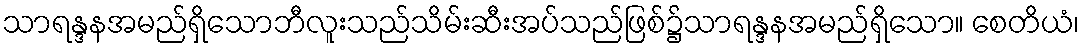
သာရန္ဒနအမည်ရှိသောဘီလူးသည်သိမ်းဆီးအပ်သည်ဖြစ်၌သာရန္ဒနအမည်ရှိသော။ စေတိယံ၊